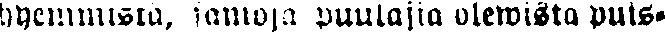
hyemmistä, samoja puulajia olewista puis-